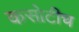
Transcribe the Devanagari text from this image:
कसोटीच